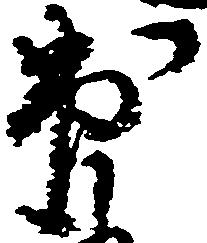
出